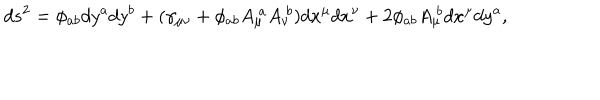
LaTeX: d s ^ { 2 } = \phi _ { a b } d y ^ { a } d y ^ { b } + ( \gamma _ { \mu \nu } + \phi _ { a b } A _ { \mu } ^ { \ a } A _ { \nu } ^ { \ b } ) d x ^ { \mu } d x ^ { \nu } + 2 \phi _ { a b } A _ { \mu } ^ { \ b } d x ^ { \mu } d y ^ { a } ,